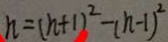
n = ( n + 1 ) ^ { 2 } - ( n - 1 ) ^ { 2 }